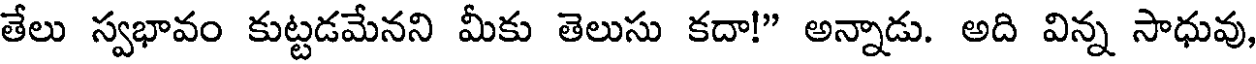
తేలు స్వభావం కుట్టడమేనని మీకు తెలుసు కదా!" అన్నాడు. అది విన్న సాధువు,